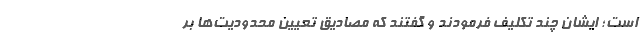
است؛ ایشان چند تکلیف فرمودند و گفتند که مصادیق تعیین محدودیت‌ها بر